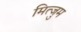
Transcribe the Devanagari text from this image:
मित्जुम